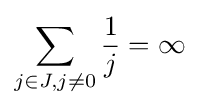
\sum _{j\in J,j\not =0}{\frac {1}{j}}=\infty